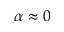
\alpha \approx 0